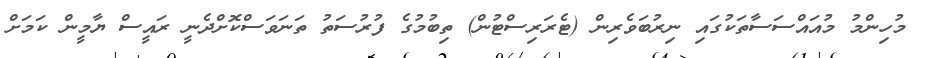
މުހިންމު މުއައްސަސާތަކުގައި ނިރުބަވެރިން (ޓެރަރިސްޓުން) ތިބުމުގެ ފުރުސަތު ތަނަވަސްކޮށްދެނީ ރައީސް ޔާމީން ކަމަށް